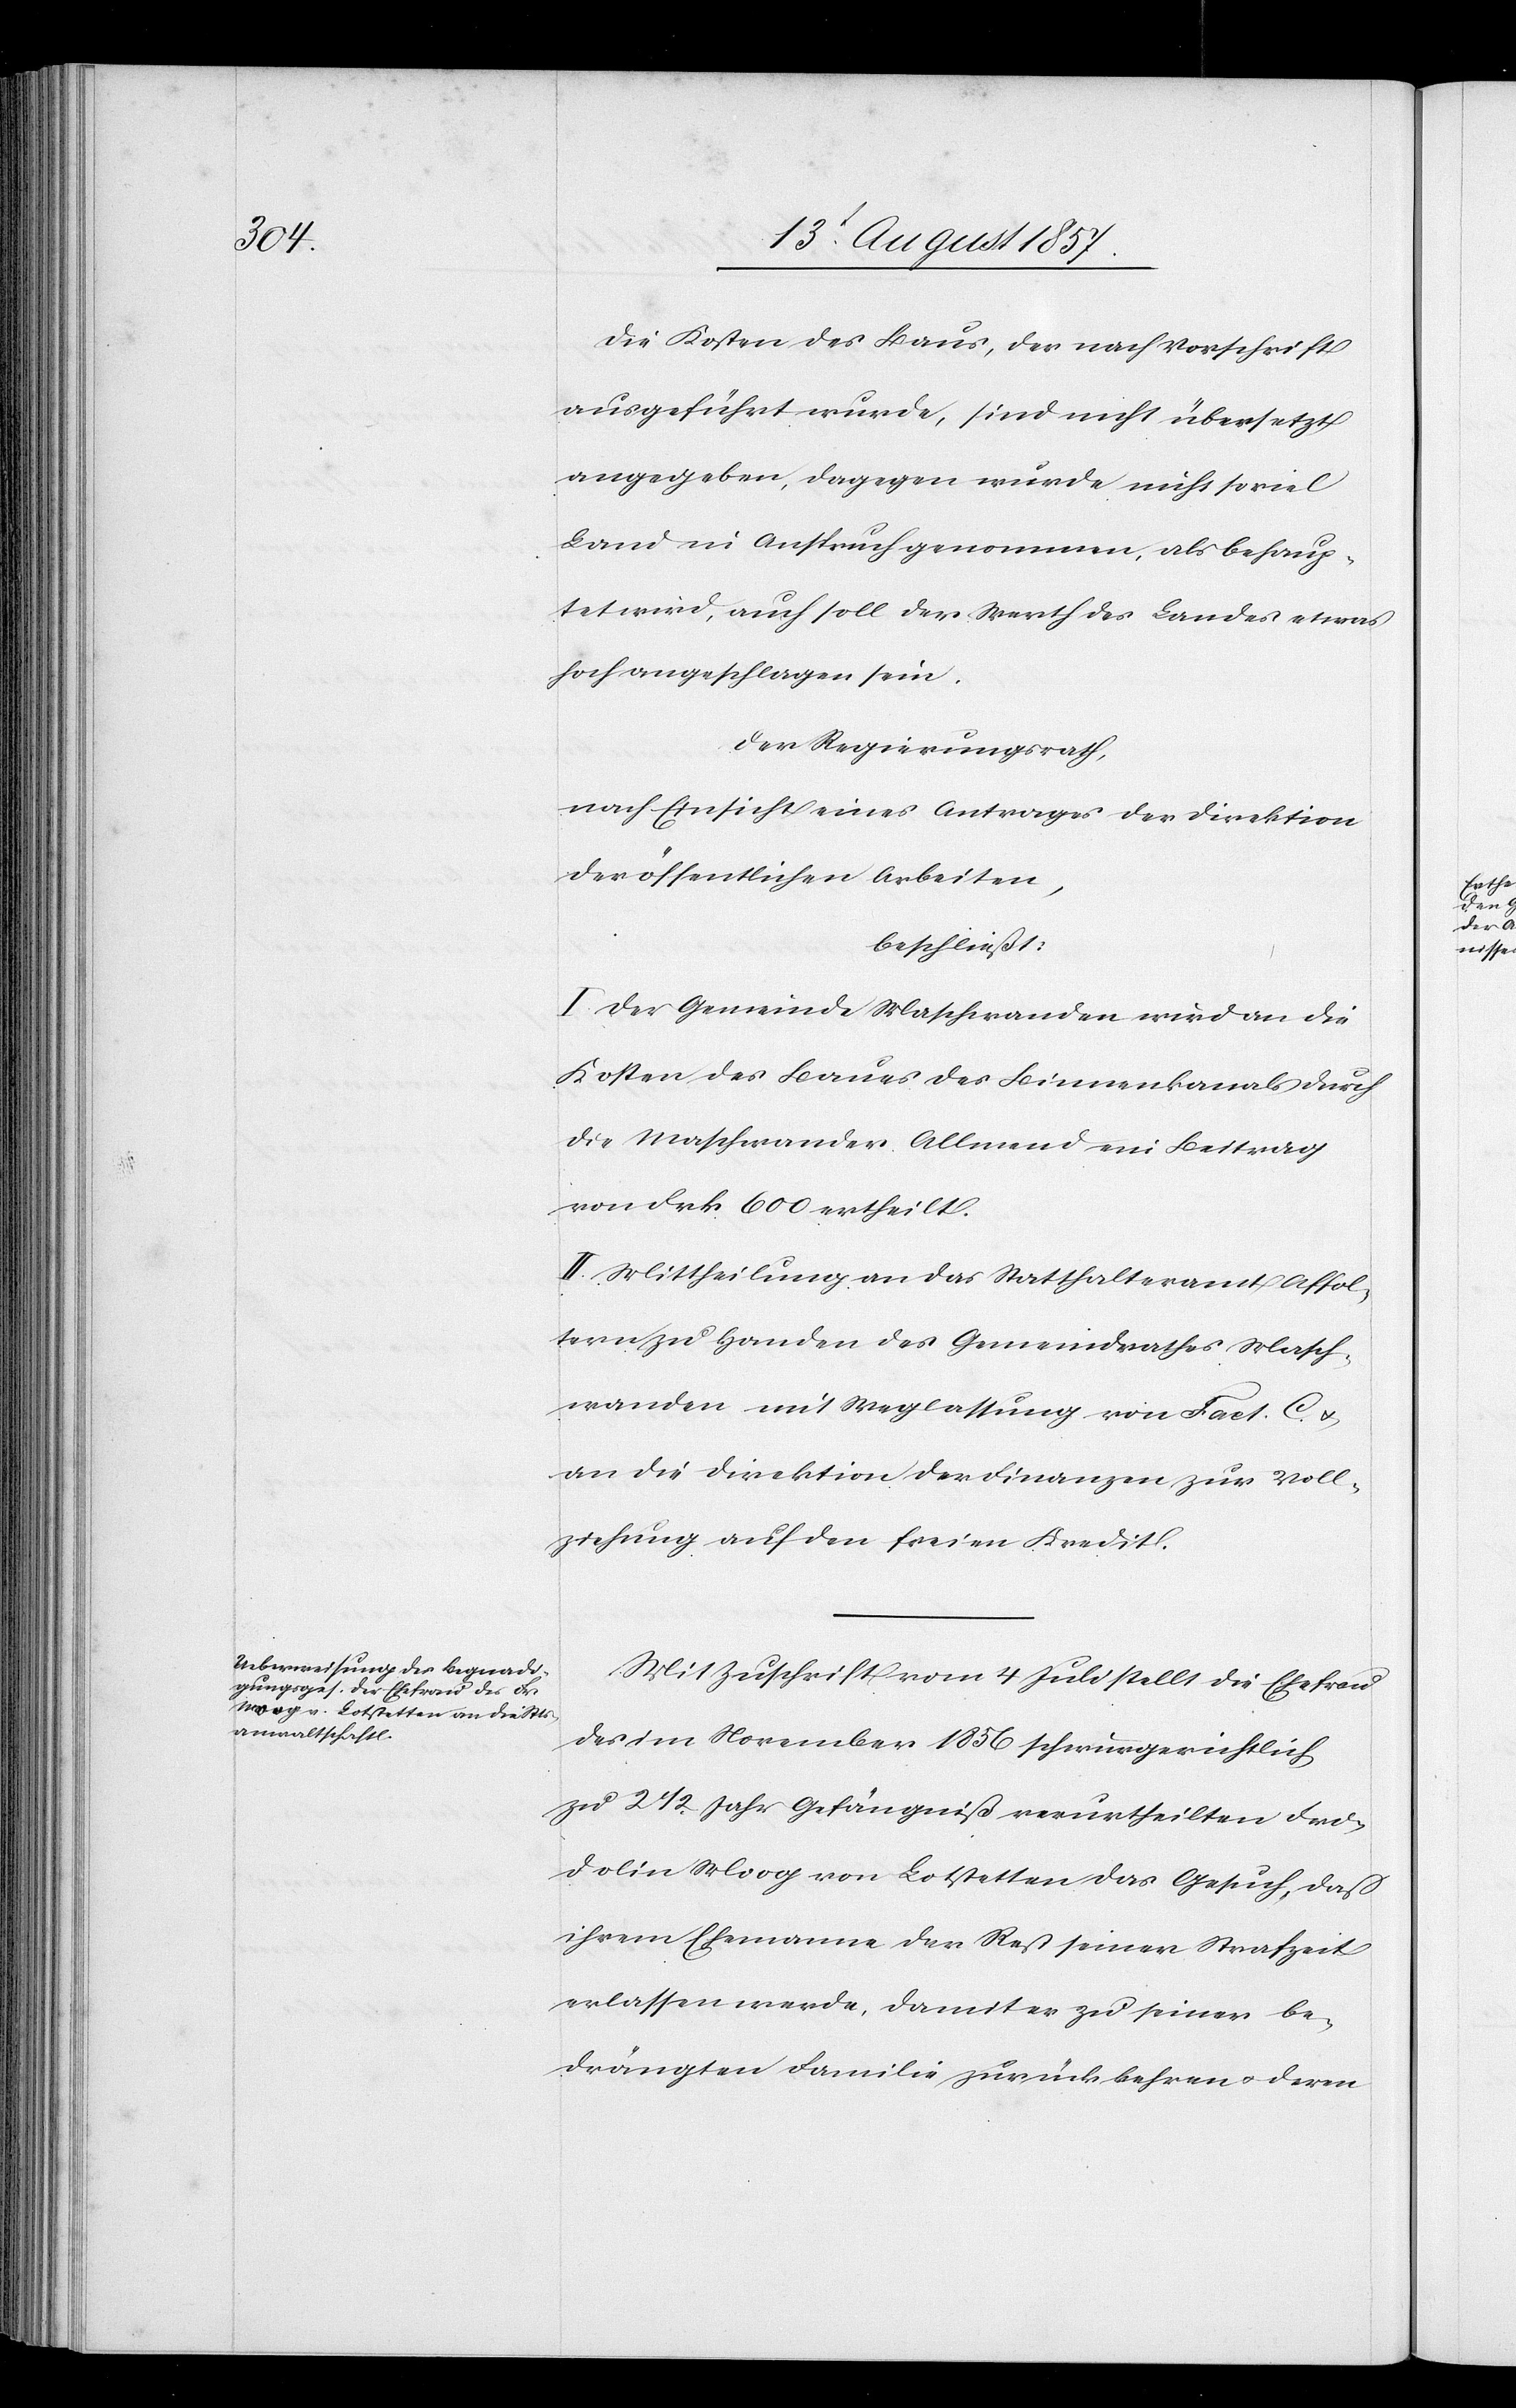
Die Kosten des Baus, der nach Vorschrift
ausgeführt wurde, sind nicht übersetzt
angegeben, dagegen wurde nicht soviel
Land in Anspruch genommen als behaup¬
tet wird, auch soll der Werth des Landes etwas
hoch angeschlagen sein.
Der Regierungsrath,
nach Einsicht eines Antrages der Direktion
der öffentlichen Arbeiten,
beschließt:
I. Der Gemeinde Maschwanden wird an die
Kosten des Baues des Binnenkanals durch
die Maschwander Allmend ein Beitrag
von Frk. 600 ertheilt.
II. Mittheilung an das Statthalteramt Affol¬
tern zu Handen des Gemeindrathes Masch¬
wanden mit Weglassung von Fact. C &
an die Direktion der Finanzen zur Voll¬
ziehung auf den freien Kredit.
Mit Zuschrift vom 4 Juli stellt die Ehefrau
des im November 1856 schwurgerichtlich
zu 2 1/2 Jahr Gefängniß verurtheilten Fri¬
dolin Moog von Lotstetten das Gesuch, daß
ihrem Ehemanne der Rest seiner Strafzeit
erlassen werde, damit er zu seiner be¬
drängten Familie zurückkehren & deren